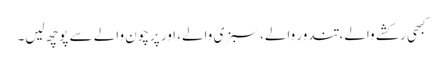
کبھی رکشے والے، تندور والے، سبزی والے، اور پرچون والے سے پوچھ لیں۔